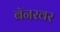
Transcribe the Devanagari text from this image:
बॅनरवर